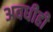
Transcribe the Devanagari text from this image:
अवधीही